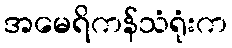
အမေရိကန်သံရုံးက